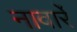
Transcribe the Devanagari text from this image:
नावार्रे